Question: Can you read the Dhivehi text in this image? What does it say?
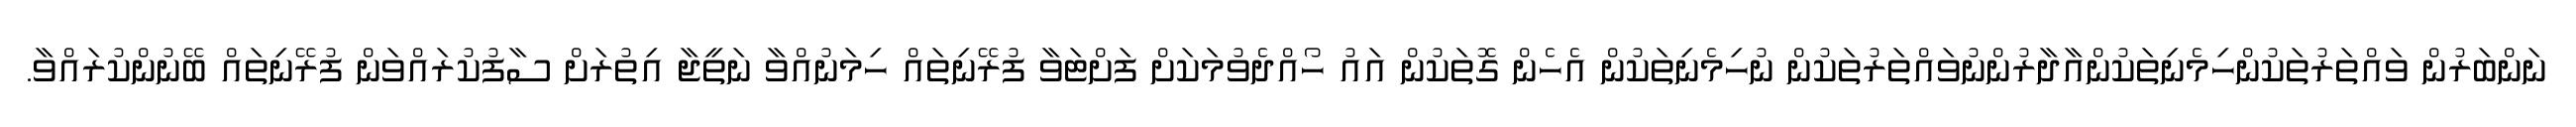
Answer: ނަންބަރުން ވައްތަރުތަކުންހިމެނިތަކުންއާދާރުންނުވައްތަރުތަކުން ނުހިމެނިތަކުން އެހެން ގޮތަކުން އައު ހޯއްދެވުމަކަށް ފަށްޓަވާ ފުރޭނިތައް ހިމަނުއްވާ ނަތީޖާ އިތުރަށް ސާފުކުރައްވަން ފުރޭނިތައް ބޭނުންކުރައްވާ.